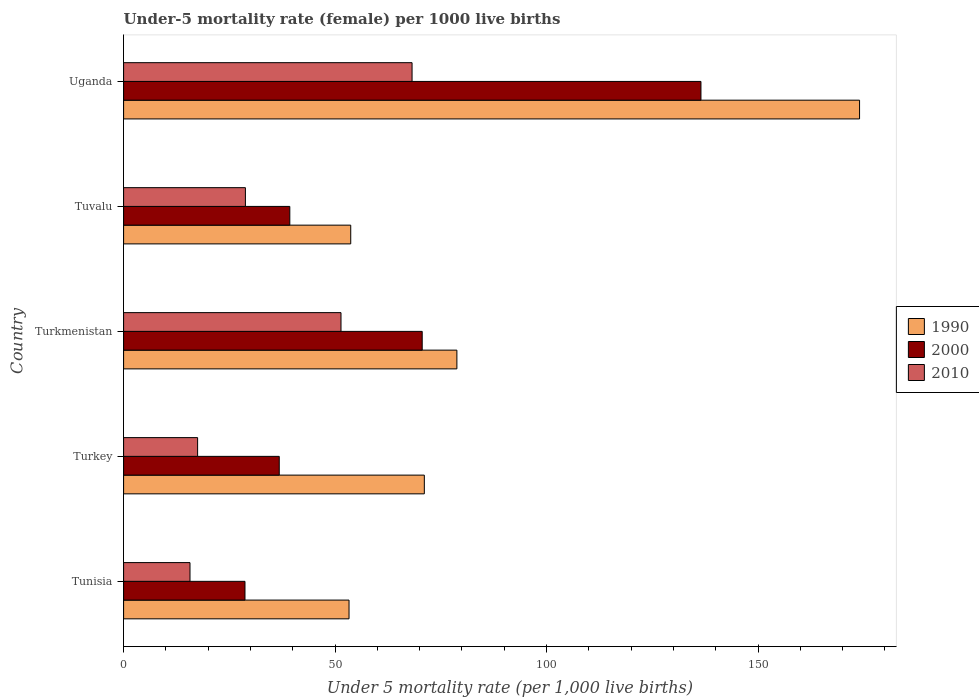
| Country | 1990 | 2000 | 2010 |
 | --- | --- | --- | --- |
 | Tunisia | 53.3 | 28.7 | 15.7 |
 | Turkey | 71.1 | 36.8 | 17.5 |
 | Turkmenistan | 78.8 | 70.6 | 51.4 |
 | Tuvalu | 53.7 | 39.3 | 28.8 |
 | Uganda | 174 | 136 | 68.2 |